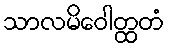
သာလမိဝေါတ္ထတံ